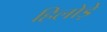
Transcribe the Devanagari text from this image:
हिलोड़ें